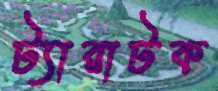
ট্যারাটক